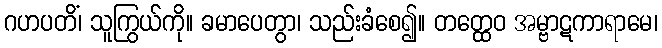
ဂဟပတိံ၊ သူကြွယ်ကို။ ခမာပေတွာ၊ သည်းခံစေ၍။ တတ္ထေဝ အမ္ဗာဋကာရာမေ၊